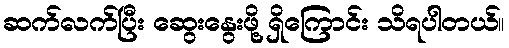
ဆက်လက်ပြီး ဆွေးနွေးဖို့ ရှိကြောင်း သိရပါတယ်။